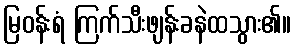
မြဝန်းရံ ကြက်သီးဖျန်းခနဲထသွား၏။